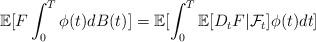
LaTeX: \begin{align*} \mathbb{E}[F \int_0^T \phi(t) dB(t)] = \mathbb{E}[\int_0^T\mathbb{E}[D_tF|\mathcal{F}_t] \phi(t) dt]\end{align*}